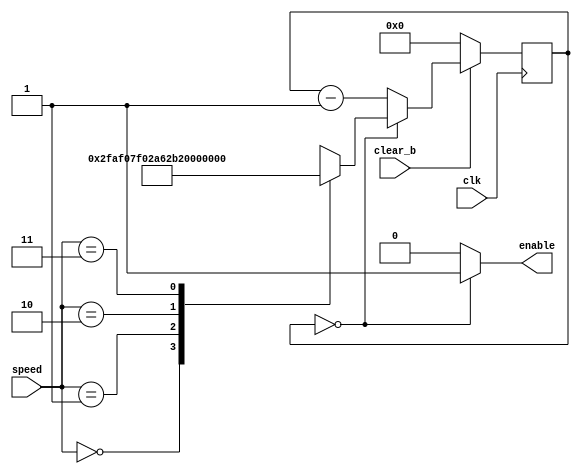
module rate_divider(speed, clk, clear_b, enable);
	input clk, clear_b;
	input [1:0] speed;
	output enable;
	
	reg [27:0] rate;
	
	always @(posedge clk) 
	begin
		if (clear_b == 1'b0) 		
			rate <= 0; 
		else if (rate == 0)
			case(speed[1:0])	
				2'b00: rate <= 0;					
				2'b01: rate <= 49999999;				
				2'b10: rate <= 2777777;
				2'b11: rate <= 6249999;				
			endcase
		else 	
			rate <= rate - 1'b1;
	end
	assign enable = (rate == 0) ? 1 : 0;
endmodule